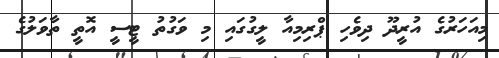
މިއަހަރުގެ އުރީދޫ ދިވެހި ޕްރިމިއާ ލީގުގައި މި ވަގުތު ޓީސީ އޮތީ ތާވަލުގެ